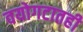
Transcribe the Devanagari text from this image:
वयोगटातही